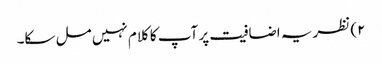
۲) نظریہ اضافیت پر آپ کا کلام نہیں مل سکا۔